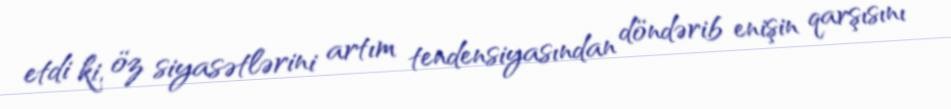
etdi ki, öz siyasətlərini artım tendensiyasından döndərib enişin qarşısını